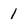
Character: 1